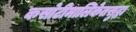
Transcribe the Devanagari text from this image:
कसोटीमालिकेतसुद्धा